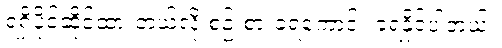
ရရှိပိုင်ဆိုင်ထားတယ်လို့ စဉ်းစားခံရကောင်း ခံရနိုင်ပါတယ်။